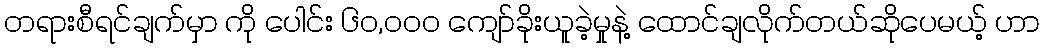
တရားစီရင်ချက်မှာ ကို ပေါင်း ၆၀,၀၀၀ ကျော်ခိုးယူခဲ့မှုနဲ့ ထောင်ချလိုက်တယ်ဆိုပေမယ့် ဟာ